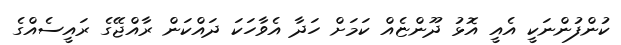
ކުންފުންނަކީ އެއީ އޮޅު ދޫންޏެއް ކަމަށް ހަދާ އެވާހަކަ ދައްކަން ރާއްޖޭގެ ރައީސެއްގެ